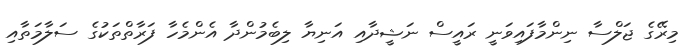
މިރޭގެ ޖަލްސާ ނިންމާފައިވަނީ ރައީސް ނަޝީދާއި އަނިޔާ ލިބެމުންދާ އެންމެހާ ފަރާތްތަކުގެ ސަލާމަތާއި